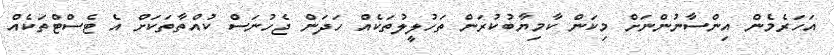
އަހަރެމެން އިންސާނުންނަށް މިކަން ކާމިޔާބުކުރަން ތަހުލީލުތަކެއް ހަދަން ޖެހުނަސް ކުއްތާތަކަށް އެ ޓެސްޓްތަކެއް